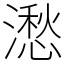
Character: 㵞